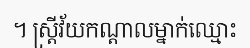
។ ស្ត្រីវ័យកណ្តាលម្នាក់ឈ្មោះ